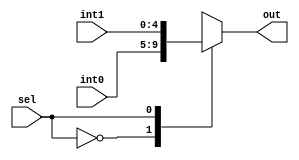
// Multiplexor D
// Fase 2

`timescale 1ns/1ns

module Mux_D(
    input sel,
    input [4:0] int0,
    input [4:0] int1,
    output reg [4:0]out);

    always @*
     begin
         case (sel)
             1'b0: 
             begin
                 out = int0;
             end
             1'b1:
             begin
                 out = int1;
             end
         endcase
        
    end

endmodule